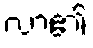
လာ၏